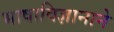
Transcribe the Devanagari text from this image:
भाषाविज्ञानाने